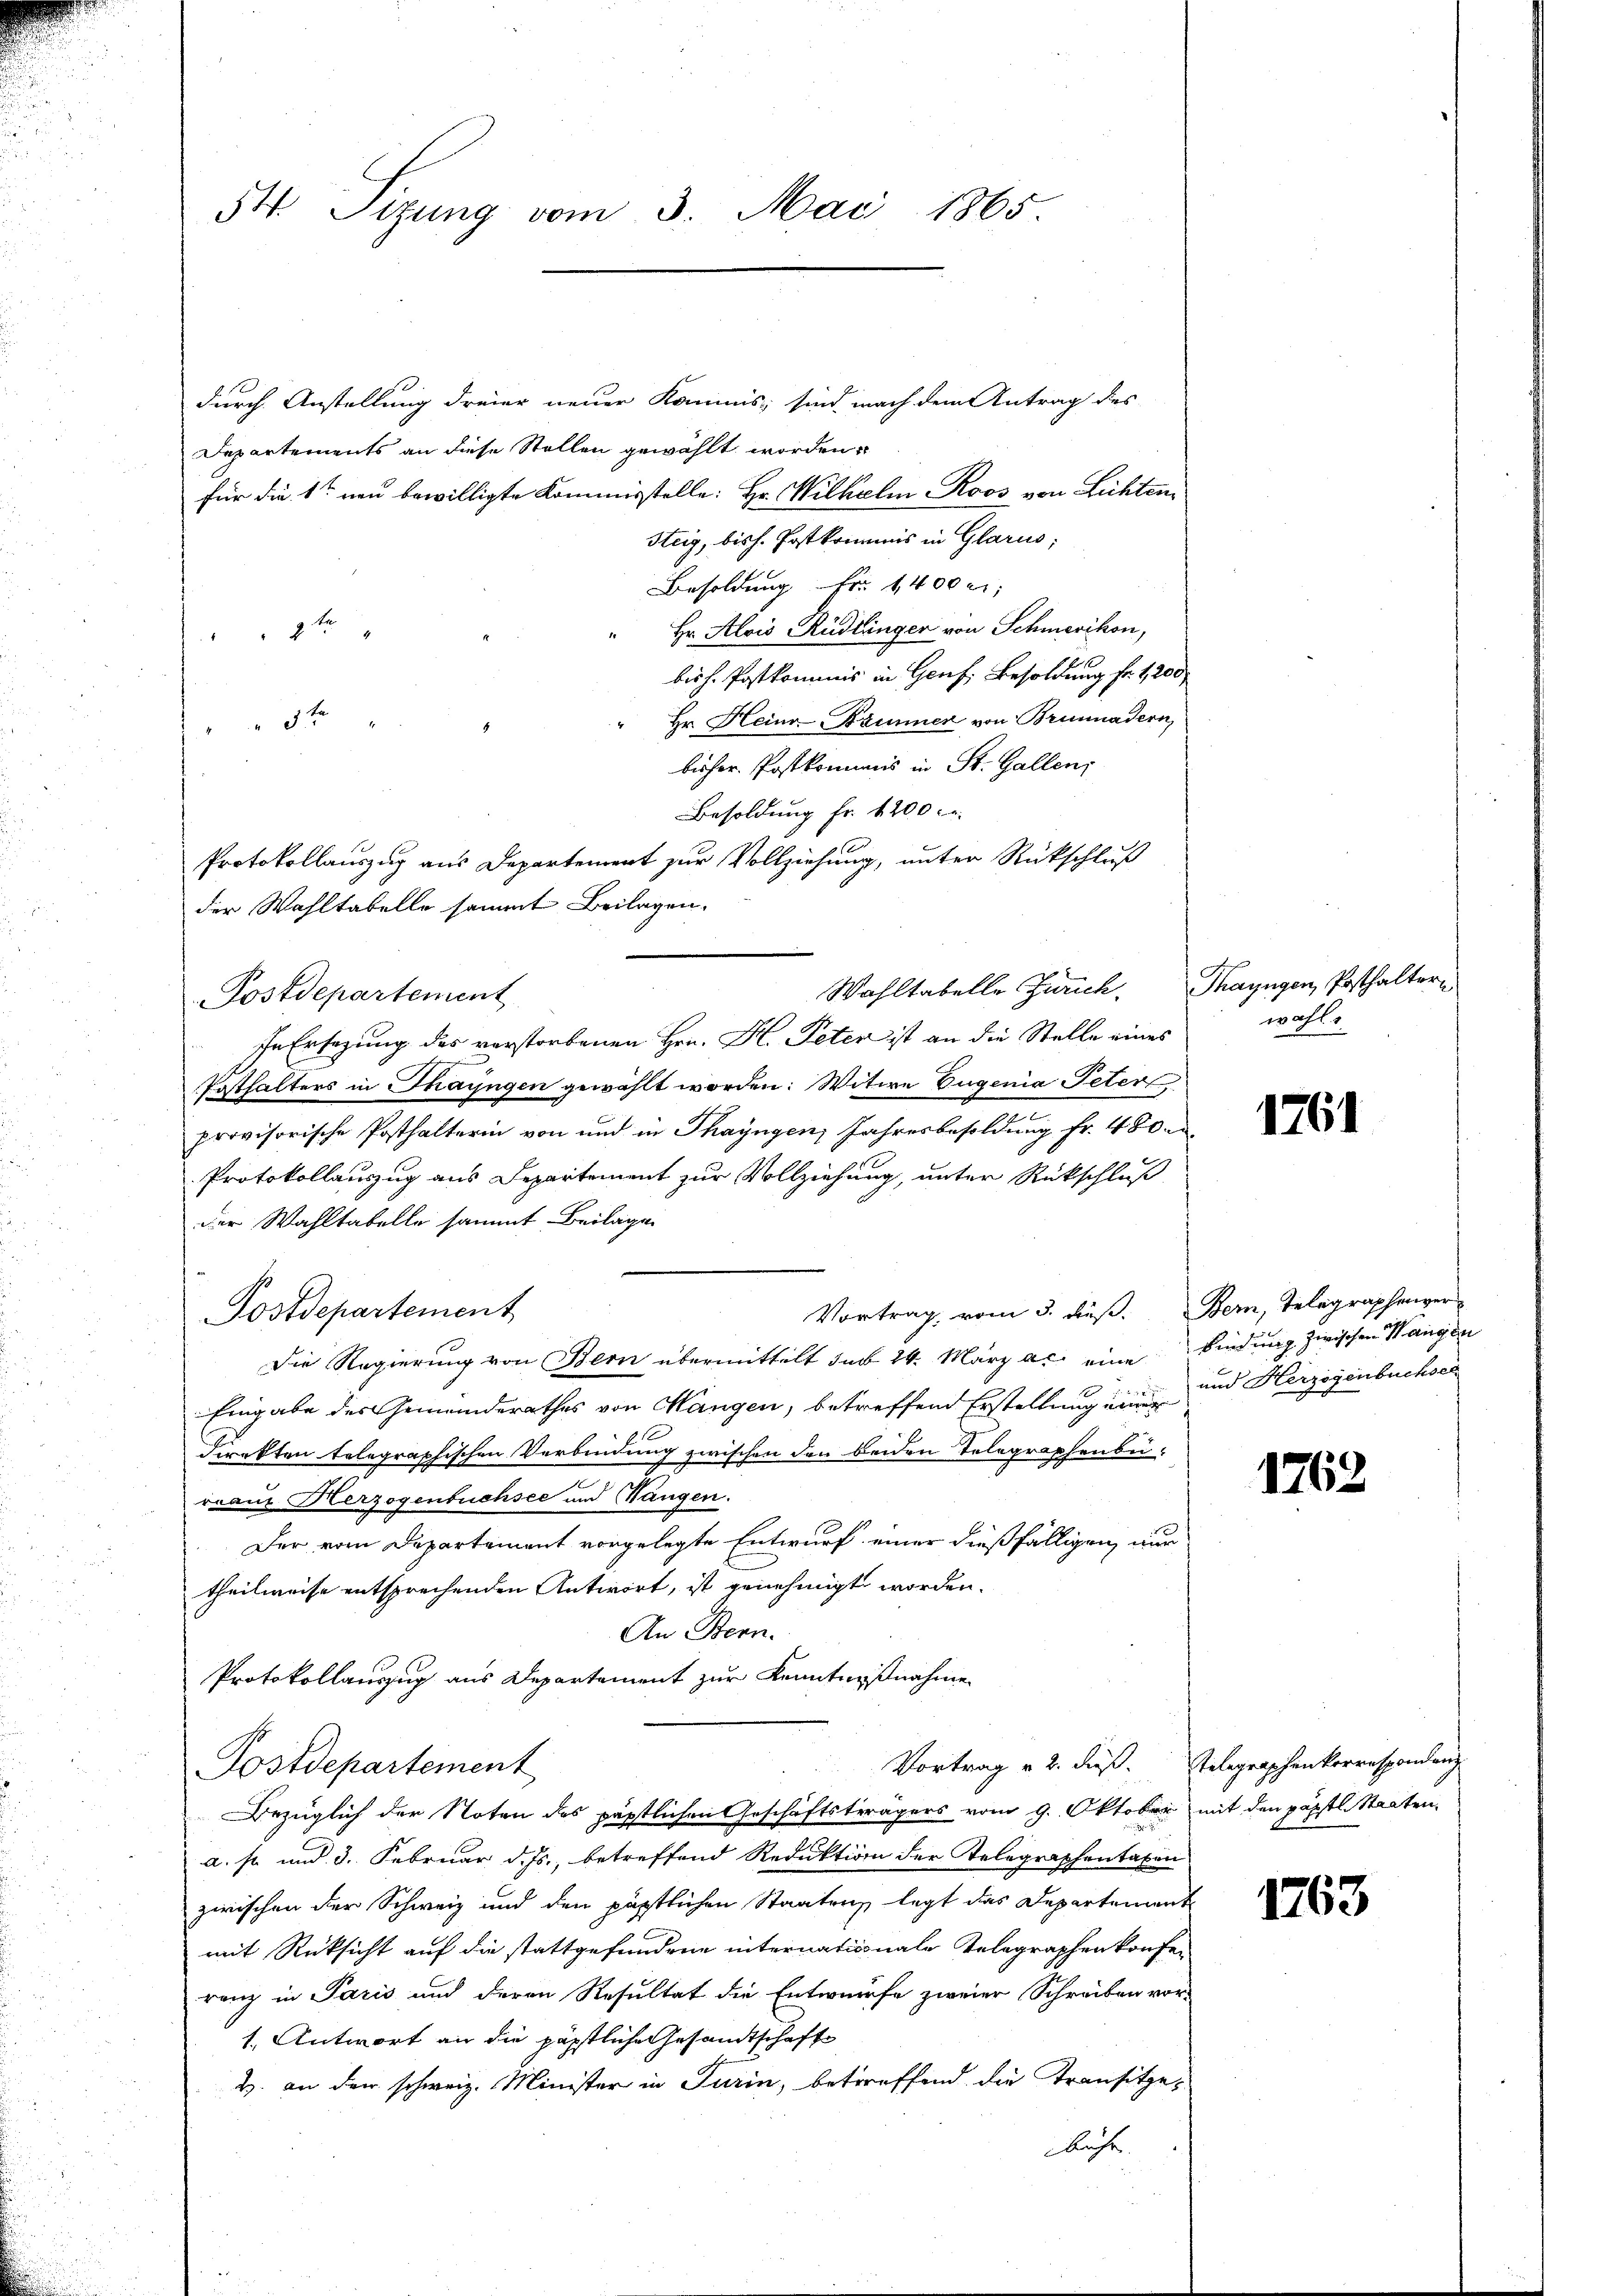
durch Anstellung dreier neuer Kommis, sind nach dem Antrag des
Departements an diese Stellen gewählt worden.
für die 1t neu bewilligte Kommisstelle: Hr. Wilhelm Roos von Lichten
Steig, bis h. Postkommis in Glarus;
Besoldung Fr. 1400 r
Hr. Alois Rüdlinger von Schmerikon,
2 x
bisch. Postkommis in Genf, Besoldung fr. 1200
Hr. Heinr-Brunner von Brunnadern,
x
bisher. Postkommis in St. Gallen,
Besoldung fr. 4200.
Protokollauszug aus Departement zur Vollziehung, unter Rückschluß
der Wahltabelle sammt Beilagen.
Postdepartement
In Ersezung des verstorbenen Hrn. H. Peten ist an die Stelle eines
Posthalters in Thayngen gewählt worden: Witwe Eugenia Peter,
provisorische Posthalterin von und in Thayngen Jahresbesoldung fr. 480.
Protokollauszug aus Departement zur Vollziehung, unter Rückschluß
der Wahltabelle sammt Beilagen
Vortrag vom 3. dieß. Bern, Telegraphenver
Postdepartement
Die Regierung von Bern übermittelt sub 24. März a. eine bindung zwischen Wangen
Eingabe des Gemeinderathes von Mangen, betreffend Erstellung eine und Herzogenbuchsen
direkten telegraphischen Verbindung zwischen den beiden Telegraphenbe-
reaus Herzogenbuchsee und Wangen.
Der vom Departement vorgelegte Entwurf einer dießfälligen nur
theilweise entsprechenden Antwort, ist genehmigt worden.
An Bern.
Protokollauszug aus Departement zur Kenntnißnahme
Vortrag v. 2. dieß. Selegraphenkorrespondenz
Postdepartement
Bezüglich der Noten des päpstlichen Geschäftsträgers vom 9. Oktober mit den päpstl. Staaten,
a. s. und 3. Februar d. Js., betreffend Reduktion der Telegraphentaten
zwischen der Schweiz und den päpstlichen Staateng legt das Departement
mit Rücksicht auf die stattgefundene internationale Gelegraphen konfer
rang in Paris und deren Resultat die Entwurfe zweier Schreiben vor-
1. Antwort an die päpstliche Gesandtschaft
Z. an den schweiz. Minister in Turin, betreffend die Transitze¬
Aache

54. Sizung vom 3. Mai 1865

Wahltabelle Zürich.

Thayngen, Posthaltern
wahl.

1761

1762

1263